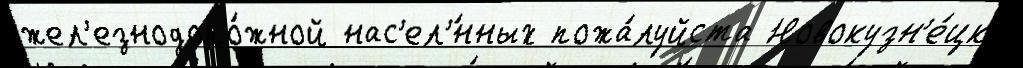
жел'езнодоро́жной нас'ел'́нных пожа́луйста Новокузн'е́цк